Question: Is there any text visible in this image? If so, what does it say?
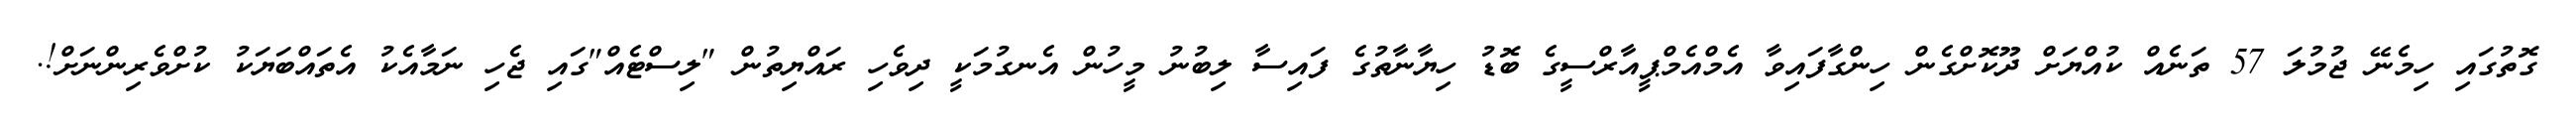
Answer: ގޮތުގައި ހިމެނޭ ޖުމުލަ 57 ތަނެއް ކުއްޔަށް ދޫކޮށްގެން ހިންގާފައިވާ އެމްއެމްޕީއާރްސީގެ ބޮޑު ހިޔާނާތުގެ ފައިސާ ލިބުނު މީހުން އެނގުމަކީ ދިވެހި ރައްޔިތުން "ލިސްޓެއް"ގައި ޖެހި ނަމާއެކު އެތައްބަޔަކު ކުށްވެރިންނަށް!.